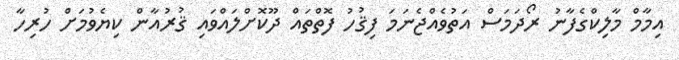
އިމާމް މާލިކްގެފާނު ރޯދަމަސް އަތުވެއްޖެނަމަ ފިޤުހު ފޮތްތައް ދޫކޮށްލައްވައި ޤުރުއާން ކިޔެވުމަށް ހުރިހާ